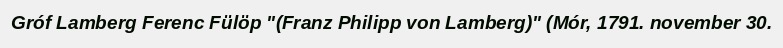
Gróf Lamberg Ferenc Fülöp "(Franz Philipp von Lamberg)" (Mór, 1791. november 30.